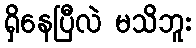
ရှိနေပြီလဲ မသိဘူး